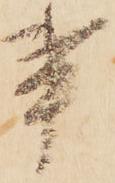
事